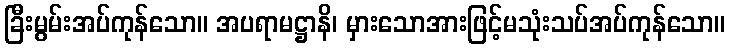
ခြီးမွမ်းအပ်ကုန်သော။ အပရာမဋ္ဌာနိ၊ မှားသောအားဖြင့်မသုံးသပ်အပ်ကုန်သော။